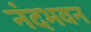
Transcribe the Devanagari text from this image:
नंदभवन